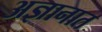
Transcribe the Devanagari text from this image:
अज्ञानात